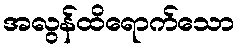
အလွန်ထိရောက်သော